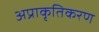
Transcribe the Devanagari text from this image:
अप्राकृतिकरण